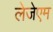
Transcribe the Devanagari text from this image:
लेजेएम